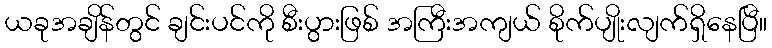
ယခုအချိန်တွင် ချင်းပင်ကို စီးပွားဖြစ် အကြီးအကျယ် စိုက်ပျိုးလျက်ရှိနေပြီ။